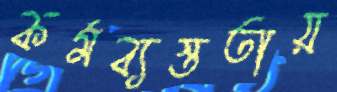
কর্মব্যস্ততায়